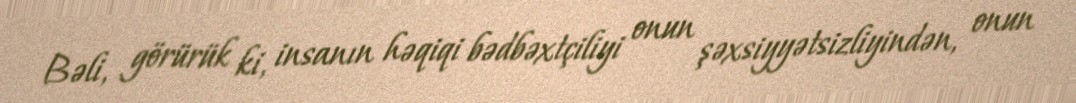
Bəli, görürük ki, insanın həqiqi bədbəxtçiliyi onun şəxsiyyətsizliyindən, onun